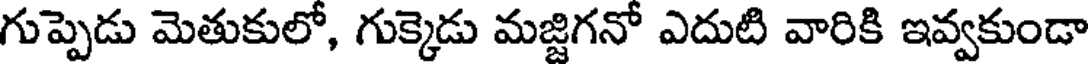
గుప్పెడు మెతుకులో, గుక్కెడు మజ్జిగనో ఎదుటి వారికి ఇవ్వకుండా